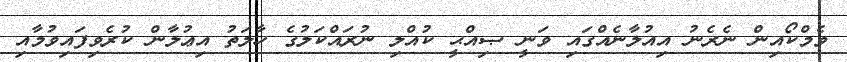
ވެމްކޯއިން ނެރެނު އިއުލާނެއްގައި ވަނީ ޞިއްޙީ ކުއްލި ނުރައްކަލުގެ ހާލަތު އިޢުލާން ކުރެވިފައިވުމާއި